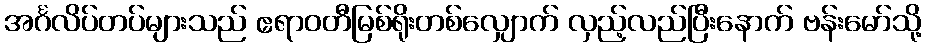
အင်္ဂလိပ်တပ်များသည် ဧရာဝတီမြစ်ရိုးတစ်လျှောက် လှည့်လည်ပြီးနောက် ဗန်းမော်သို့